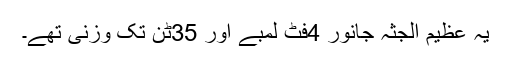
یہ عظیم الجثہ جانور 4فٹ لمبے اور 35ٹن تک وزنی تھے۔